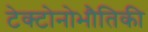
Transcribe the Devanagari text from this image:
टेक्टोनोभौतिकी